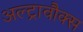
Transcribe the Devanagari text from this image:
अल्ट्रावौक्स